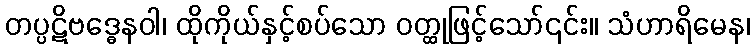
တပ္ပဋိဗဒ္ဓေနဝါ၊ ထိုကိုယ်နှင့်စပ်သော ဝတ္ထုဖြင့်သော်၎င်း။ သံဟာရိမေန၊